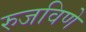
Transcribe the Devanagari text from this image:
रुजविणे